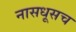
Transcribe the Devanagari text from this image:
नासधूसच